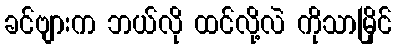
ခင်ဗျားက ဘယ်လို ထင်လို့လဲ ကိုသာမြိုင်